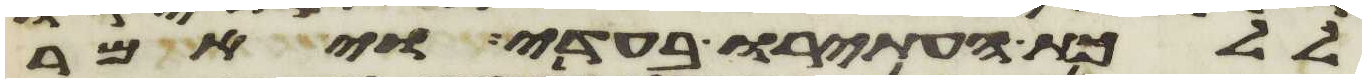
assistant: ללכת העתירו בעדי ויאמר